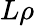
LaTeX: L\rho